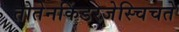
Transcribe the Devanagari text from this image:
तोतेनकिंडरजेस्चिचते